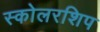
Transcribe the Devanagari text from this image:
स्कोलरशिप